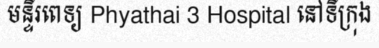
មន្ទីរពេទ្យ Phyathai 3 Hospital នៅទីក្រុង